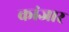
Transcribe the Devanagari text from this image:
कांजार